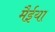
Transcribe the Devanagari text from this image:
मैईया